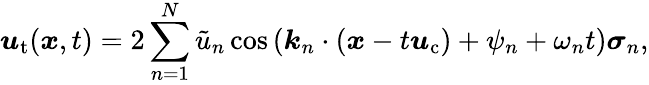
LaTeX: \boldsymbol{u}_{\mathrm{t}}(\boldsymbol{x},t)=2\sum_{n=1}^{N}\tilde{u}_{n}\cos\left(\boldsymbol{k}_{n}\cdot\left(\boldsymbol{x}-t\boldsymbol{u}_{\mathrm{c}}\right)+\psi_{n}+\omega_{n}t\right)\boldsymbol{\sigma}_{n},